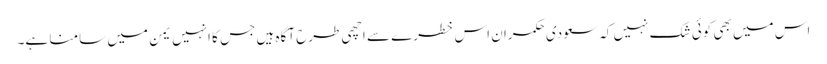
اس میں بھی کوئی شک نہیں کہ سعودی حکمران اس خطرے سے اچھی طرح آگاہ ہیں جس کا انہیں یمن میں سامنا ہے۔